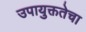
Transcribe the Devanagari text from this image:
उपायुक्ततेचा